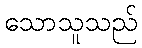
သောသူသည်